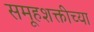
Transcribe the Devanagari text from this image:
समूहशक्तीच्या